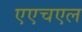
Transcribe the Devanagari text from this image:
एएचएल